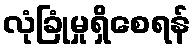
လုံခြုံမှုရှိစေရန်